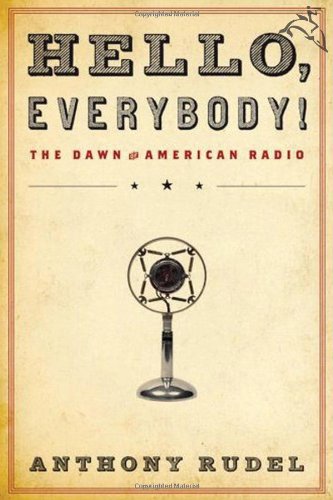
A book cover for Hello, Everybody!: The Dawn of American Radio; Anthony Rudel; Humor & Entertainment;